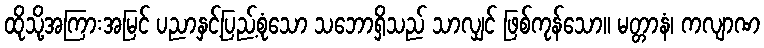
ထိုသို့အကြားအမြင် ပညာနှင့်ပြည့်စုံသော သဘောရှိသည် သာလျှင် ဖြစ်ကုန်သော။ မတ္တာနံ၊ ကလျာဏ